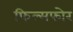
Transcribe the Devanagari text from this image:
फिल्मफोर